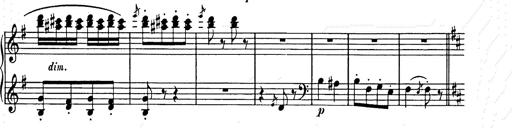
Title: Weihnachtsbaum
Composer: Franz Liszt